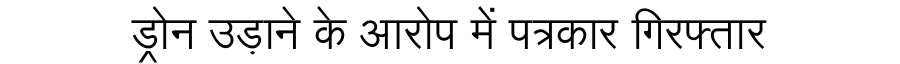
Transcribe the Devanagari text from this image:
ड्रोन उड़ाने के आरोप में पत्रकार गिरफ्तार